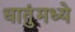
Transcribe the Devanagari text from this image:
धातुंमध्ये